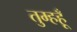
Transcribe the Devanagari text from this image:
तुम्हहूँ